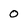
Character: 0